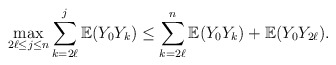
\begin{align*}\max_{2\ell\leq j\leq n}\sum_{k=2\ell}^{j}\mathbb{E}(Y_{0}Y_{k})\leq\sum_{k=2\ell}^{n}\mathbb{E}(Y_{0}Y_{k})+\mathbb{E}(Y_{0}Y_{2\ell}).\end{align*}